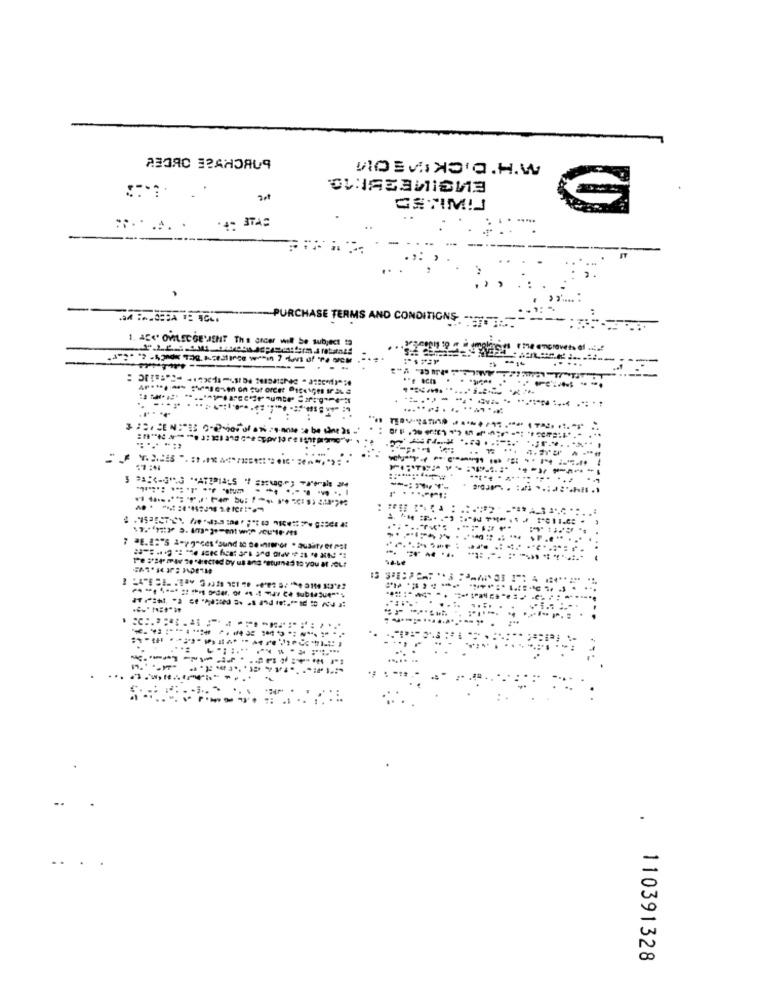
W'H'DICKIEOM
аваяс зганояия
.4: 3TAC
-
PURCHASE TERMS AND CONDITIONS ...
1. AC <* OMILECGE'JENT Ths atcer will be subject to
.. .......---------
.....:
-
WM6.
..
110391328